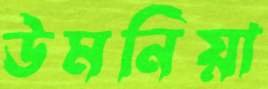
উমনিয়া